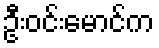
ဦးဝင်းမောင်က